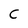
Character: C